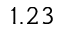
1 . 2 3